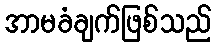
အာမခံချက်ဖြစ်သည်